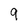
Character: 9